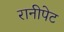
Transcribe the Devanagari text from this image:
रानीपेट